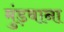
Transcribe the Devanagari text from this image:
मुंड़वाना